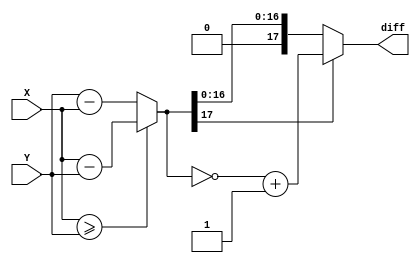
module abSubtraction(X, Y, diff);
	parameter output_size = 18;
    input signed[output_size-1:0] X,Y;
	output reg[output_size-1:0] diff;
	always @(*)
	begin
		diff = (X >= Y) ? (X-Y) : (Y-X);
		if( diff[output_size-1] == 1 )
		begin
			diff = ~diff + 1;
		end
	end 
endmodule

module logAddition_bitshift (X,Y,Sx,Sy,Z,Sz);
	//This is the parameter for the bits of the input.	
	`define bit_size 18
	`define bit_shift 9
	//I edited this line
	parameter bits = `bit_size - 1;
	parameter output_bits = `bit_size;
	parameter table_bits = `bit_size;
	//the reason I dont have bits-1 here, is because the last bit is for the sign. So the actual size of the number
	//is still bits, it just happens to have another sign bit added on.
	input signed [bits:0] X,Y;
	reg[bits:0] deltaP,deltaM, difference;
	input Sx,Sy;
	output [output_bits-1:0] Z;
	reg signed	[output_bits-1:0] Z;
	output Sz;
	reg signed Sz;
	wire[table_bits-1 :table_bits-output_bits] diff;
	abSubtraction #(output_bits) diffXY(
	.X(X),
	.Y(Y),
	.diff(diff));	
	always @(*)
	begin
		difference = diff;
		//These are shifted, because at the moment it treats the first bits as decimal bits, so we need to shift it.
		deltaP = 1 << `bit_shift;
		deltaM = 3 << `bit_shift; //1.5 in our system
		difference = difference >> `bit_shift;
		//Shifted to the right, because the difference is inverted to negative when put into the function.
		deltaP = deltaP >> difference;
		deltaM = deltaM >> difference;
		deltaM = (~deltaM + 1'b1);
		if(Sx == Sy)
		begin
			if(X > Y)
			begin
				//These portions add all of the bits except for the last as that is determined by the sign bit.
				Z = {deltaP[output_bits-1:0]+X[output_bits-1:0]};
				Sz = Sx;
			end
			else
			begin
				Z = {deltaP[output_bits-1:0]+Y[output_bits-1:0]};
				Sz = Sy;
			end
		end
		else
		begin
			if(X > Y )
			begin
				Z = {deltaM[output_bits-1:0]+X[output_bits-1:0]};
				Sz = Sx;
			end
			else
			begin
				Z = {deltaM[output_bits-1:0]+Y[output_bits-1:0]};
				Sz = Sy;
			end
		end
	end
endmodule